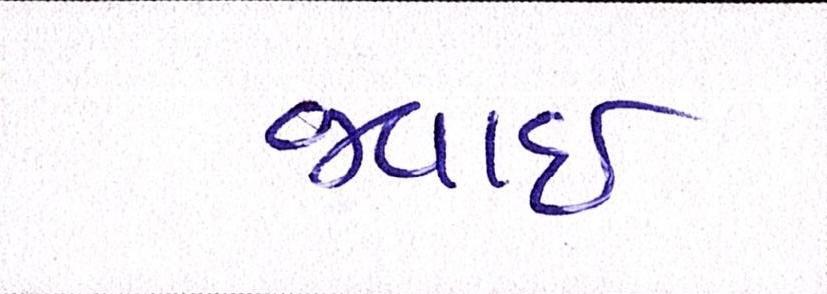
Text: જવાઇ